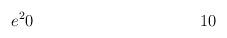
LaTeX: \begin{align*} e^2 & 0 & 1 & 0 \\\end{align*}